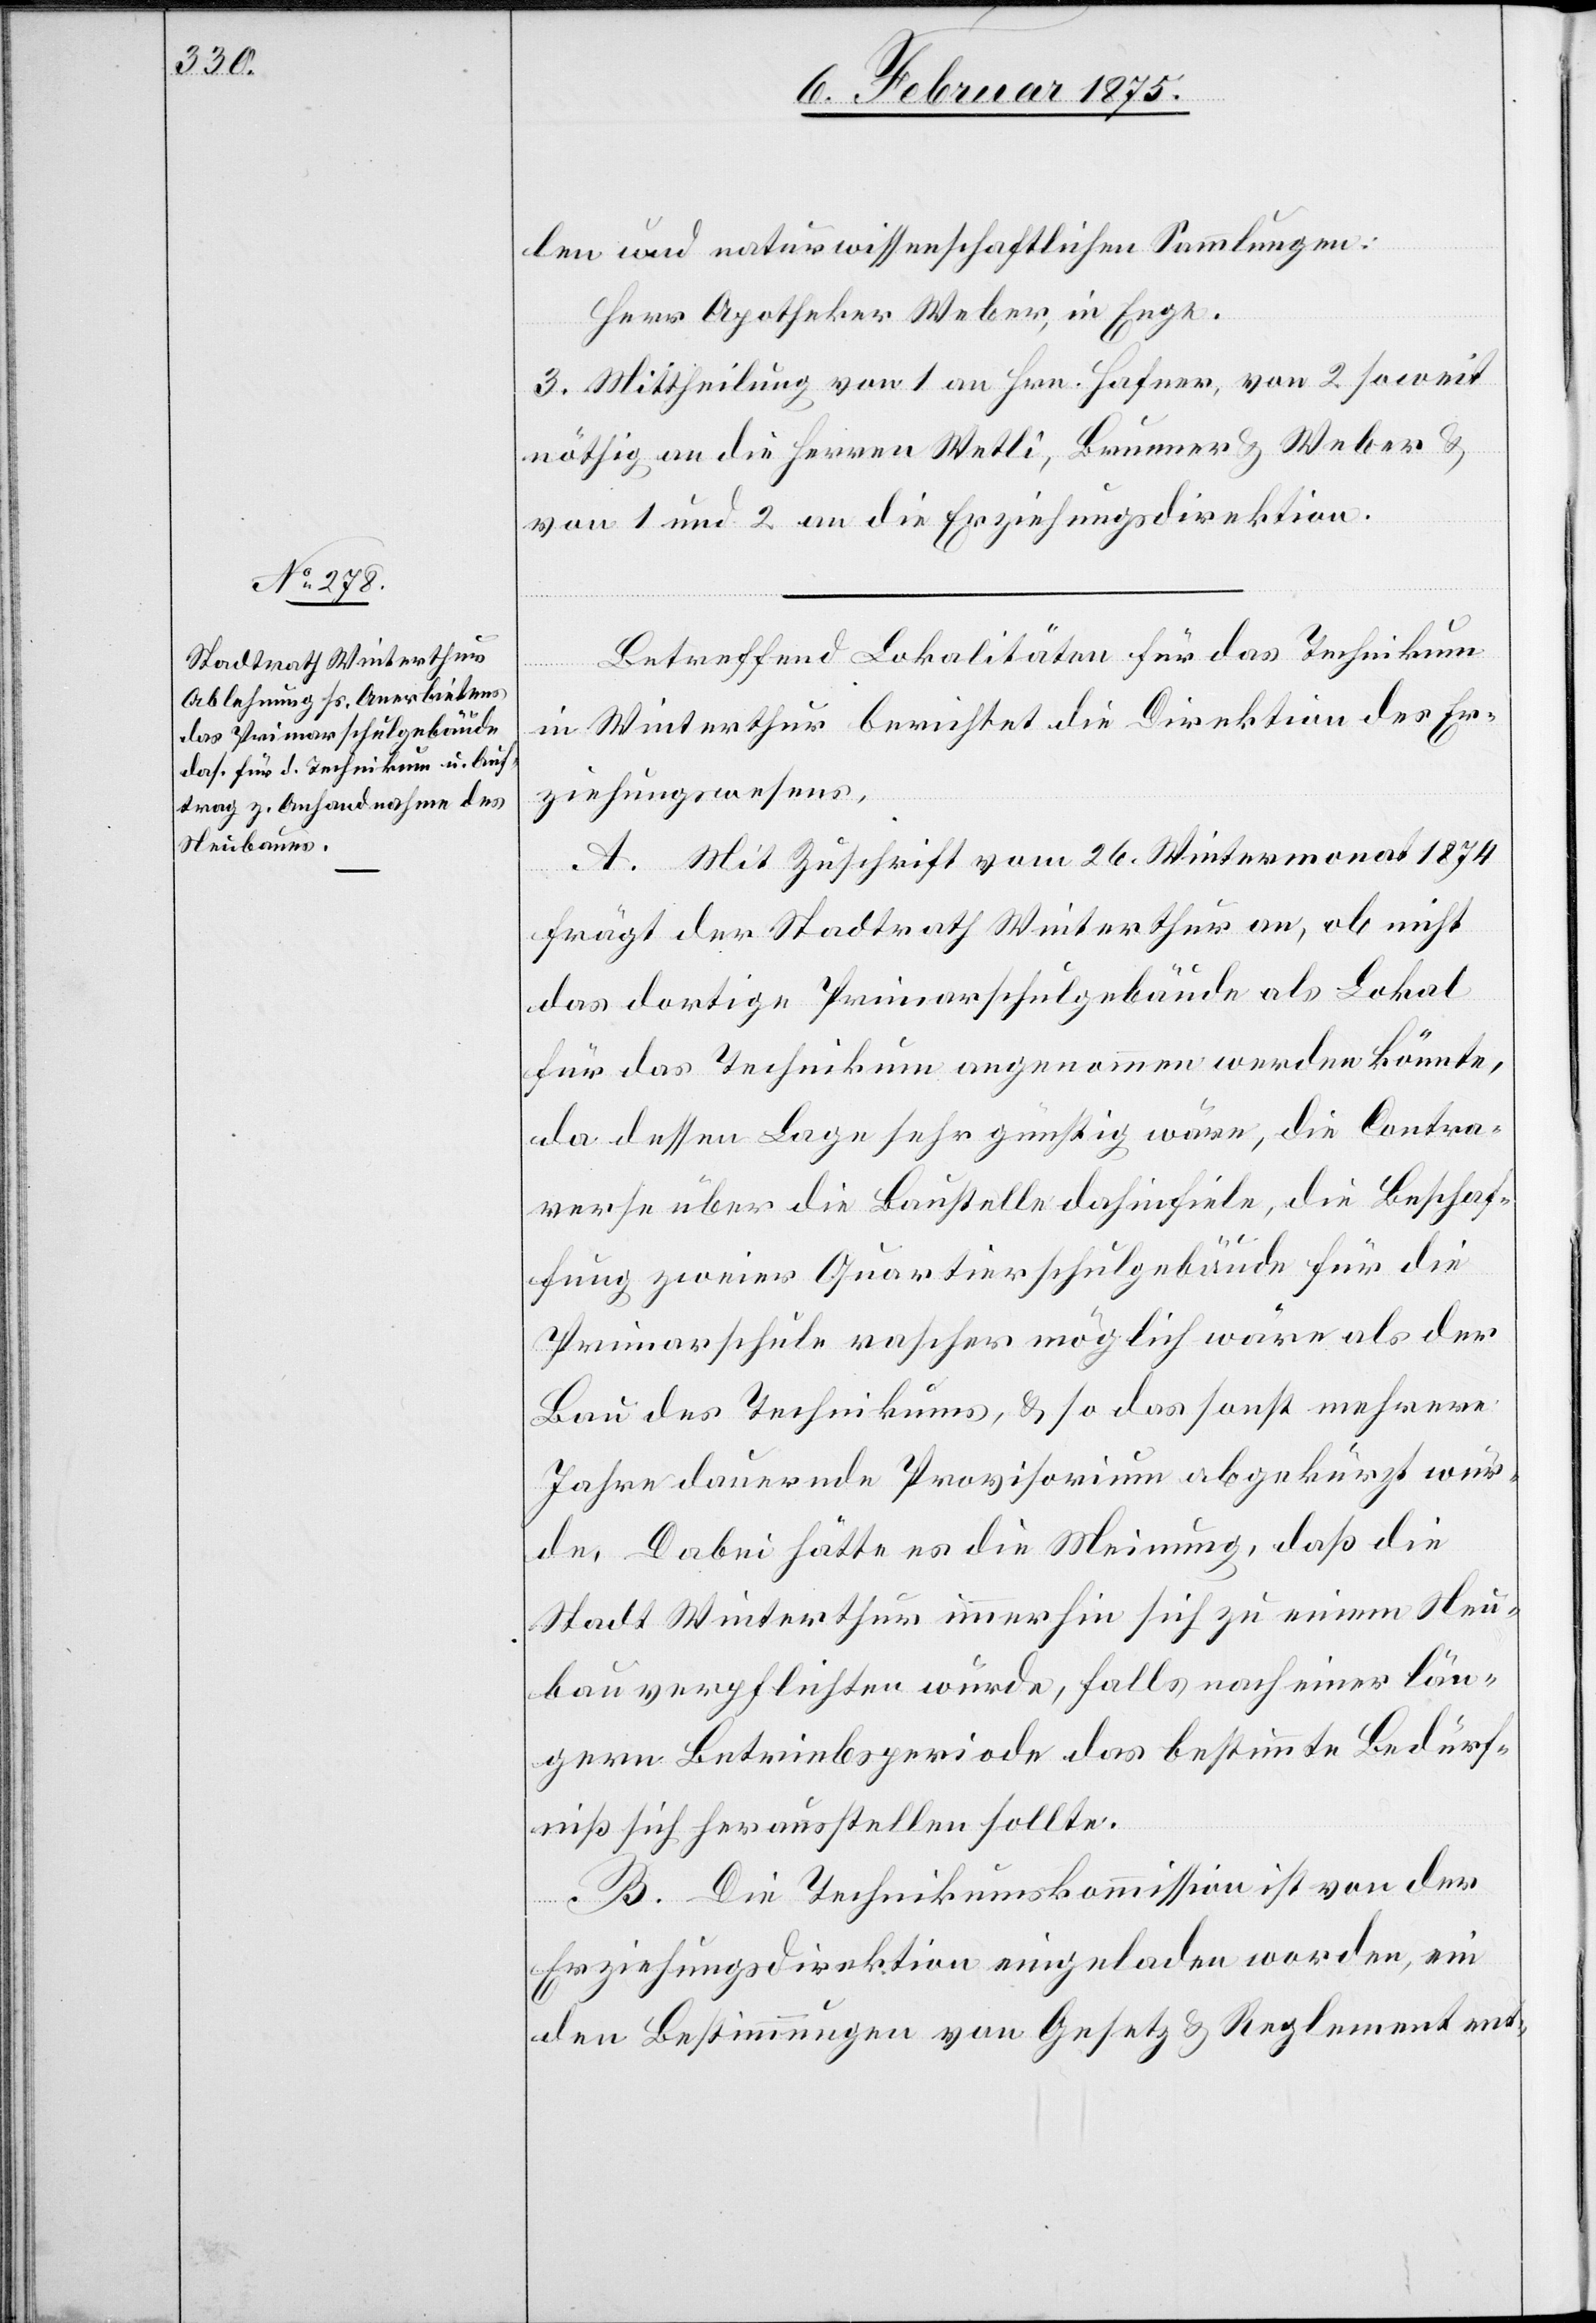
len und naturwissenschaftlichen Sammlungen:
Herr Apotheker Weber, in Enge.
3. Mittheilung an Hrn. Hafner, von 2. soweit
nöthig an die Herren Wetli, Brunner & Weber &
von 1 und 2 an die Erziehungsdirektion.
Betreffend Lokalitäte3n für das Technikum
in Winterthur berichtet die Direktion des Er¬
ziehungswesens,
A. Mit Zuschrift vom 26. Weinmonat 1874
frägt der Stadtrath Winterthur an, ob nicht
das dortige Primarschulgebäude als Lokal
für das Technikum angenommen werden könnte,
da dessen Lage sehr günstig wäre, die Contro¬
verse über die Baustelle dahinfiele, die Beschaf¬
fung zweier Quartierschulgebäude für die
Primarschule rascher möglich wäre als der
Bau des Technikums, & so das sonst mehrere
Jahre dauernde Provisorium abgekürzt wür¬
de. Dabei hätte es die Meinung, daß die
Stadt Winterthur immerhin sich zu einem Neu¬
bau verpflichten würde, falls nach einer län¬
gern Betriebsperiode das bestimmte Bedürf¬
niß sich herausstellen sollte.
B. Die Technikumskommission ist von der
Erziehungsdirektion eingeladen worden, ein
den Bestimmungen von Gesetz & Reglement ent-